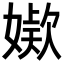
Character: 𭒖